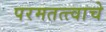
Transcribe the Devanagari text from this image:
परमतत्त्वाचे